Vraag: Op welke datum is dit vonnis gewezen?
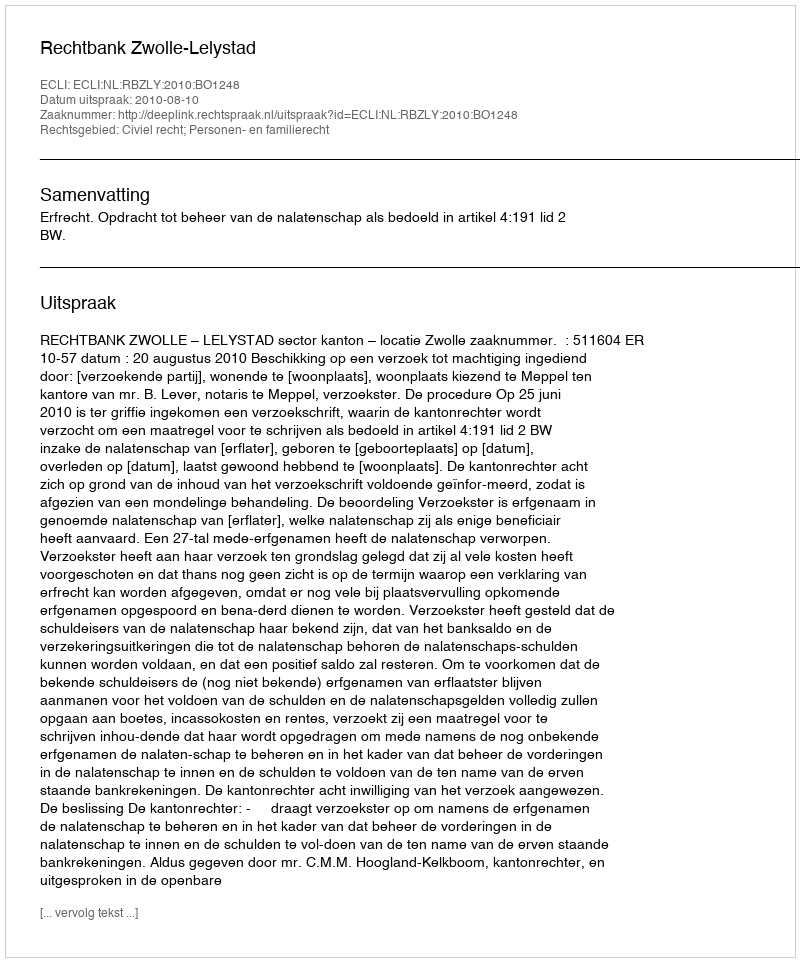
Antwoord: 2010-08-10